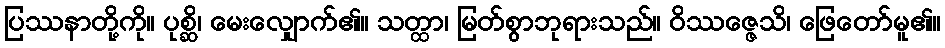
ပြဿနာတို့ကို။ ပုစ္ဆိ၊ မေးလျှောက်၏။ သတ္ထာ၊ မြတ်စွာဘုရားသည်။ ဝိဿဇ္ဇေသိ၊ ဖြေတော်မူ၏။